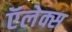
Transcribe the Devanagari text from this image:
ऍलेक्स